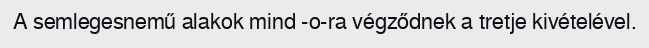
A semlegesnemű alakok mind -o-ra végződnek a tretje kivételével.